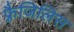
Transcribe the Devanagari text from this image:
फ़्रैजिलिस